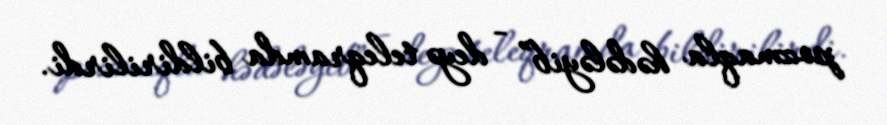
pozmaqla hədələyib” - deyə teleqramda bildirilirdi.